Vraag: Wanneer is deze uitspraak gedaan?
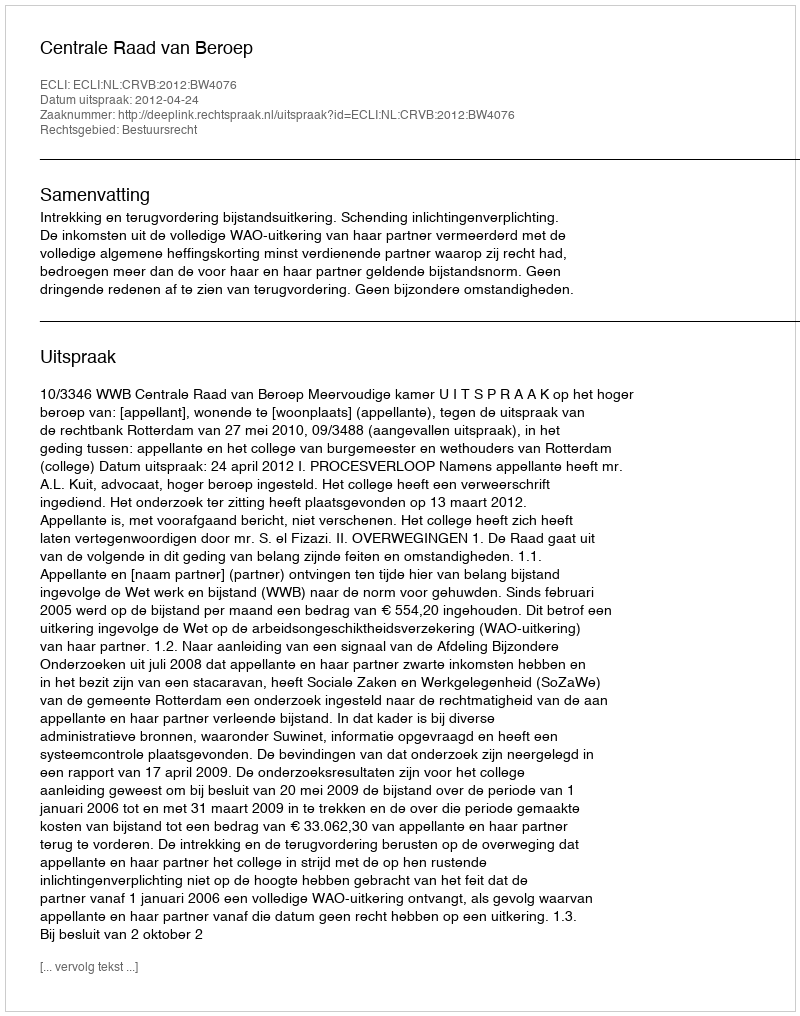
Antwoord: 2012-04-24